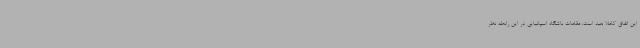
این اتفاق کاملا بعید است. مقامات باشگاه اسپانیایی در این رابطه نظر